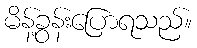
မိန့်ခွန်းပြောရသည်။